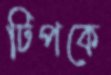
টিপকে